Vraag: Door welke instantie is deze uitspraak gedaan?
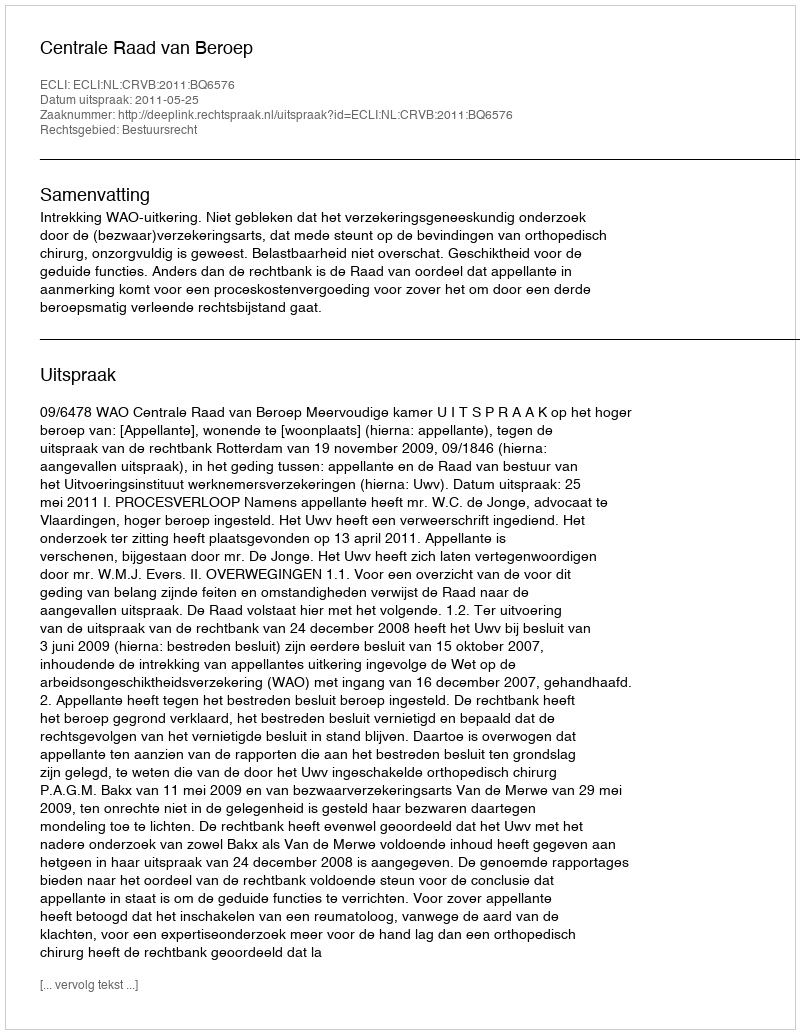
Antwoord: Centrale Raad van Beroep